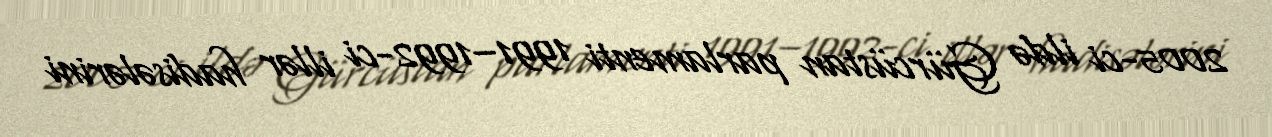
2005-ci ildə Gürcüstan parlamenti 1991–1992-ci illər hadisələrini